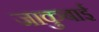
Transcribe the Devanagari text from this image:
जाकुबाई